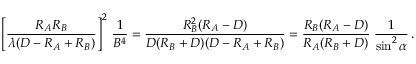
\left[ { \frac { R _ { A } R _ { B } } { \lambda ( D - R _ { A } + R _ { B } ) } } \right] ^ { 2 } \, { \frac { 1 } { B ^ { 4 } } } = { \frac { R _ { B } ^ { 2 } ( R _ { A } - D ) } { D ( R _ { B } + D ) ( D - R _ { A } + R _ { B } ) } } = { \frac { R _ { B } ( R _ { A } - D ) } { R _ { A } ( R _ { B } + D ) } } \; { \frac { 1 } { \sin ^ { 2 } \alpha } } \, .